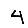
Digit: 4